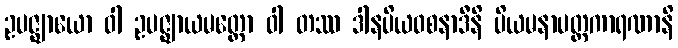
ဥပဇ္ဈာယော ဝါ ဥပဇ္ဈာယမတ္တော ဝါ တဿ ဒါနပိယဝစနာဒီနိ ပိယမနာပတ္တကာရဏာနိ